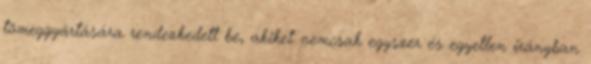
tömeggyártá­sára rendezkedett be, akiket nemcsak egyszer és egyetlen irány­ban